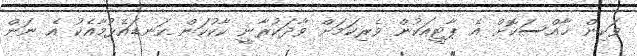
ވަކިން ޚާއްސަކޮށް އެ ޕާޓީއަކުން ވެރިކަމަށް ވާދަކުރާނީ ކާކުކަން ކަނޑައެޅުމާއެކު އެ ނަން